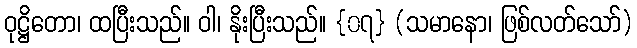
ဝုဋ္ဌိတော၊ ထပြီးသည်။ ဝါ၊ နိုးပြီးသည်။ {၀၇} (သမာနော၊ ဖြစ်လတ်သော်)